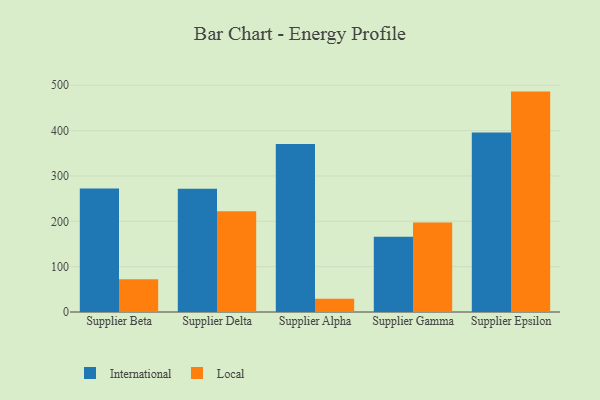
{"axis": {"x": "Supplier", "y": "Production Output"}, "legend": ["International", "Local"], "data": [{"x": "Supplier Beta", "y": 272.4, "type": "International"}, {"x": "Supplier Beta", "y": 72.2, "type": "Local"}, {"x": "Supplier Delta", "y": 271.7, "type": "International"}, {"x": "Supplier Delta", "y": 222.0, "type": "Local"}, {"x": "Supplier Alpha", "y": 370.4, "type": "International"}, {"x": "Supplier Alpha", "y": 29.0, "type": "Local"}, {"x": "Supplier Gamma", "y": 166.0, "type": "International"}, {"x": "Supplier Gamma", "y": 197.6, "type": "Local"}, {"x": "Supplier Epsilon", "y": 395.6, "type": "International"}, {"x": "Supplier Epsilon", "y": 486.0, "type": "Local"}]}